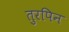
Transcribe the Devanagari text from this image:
तुरपिन